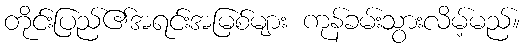
တိုင်းပြည်၏အရင်းအမြစ်များ ကုန်ခမ်းသွားလိမ့်မည်။